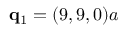
\mathbf { q } _ { 1 } = ( 9 , 9 , 0 ) a